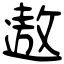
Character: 遨